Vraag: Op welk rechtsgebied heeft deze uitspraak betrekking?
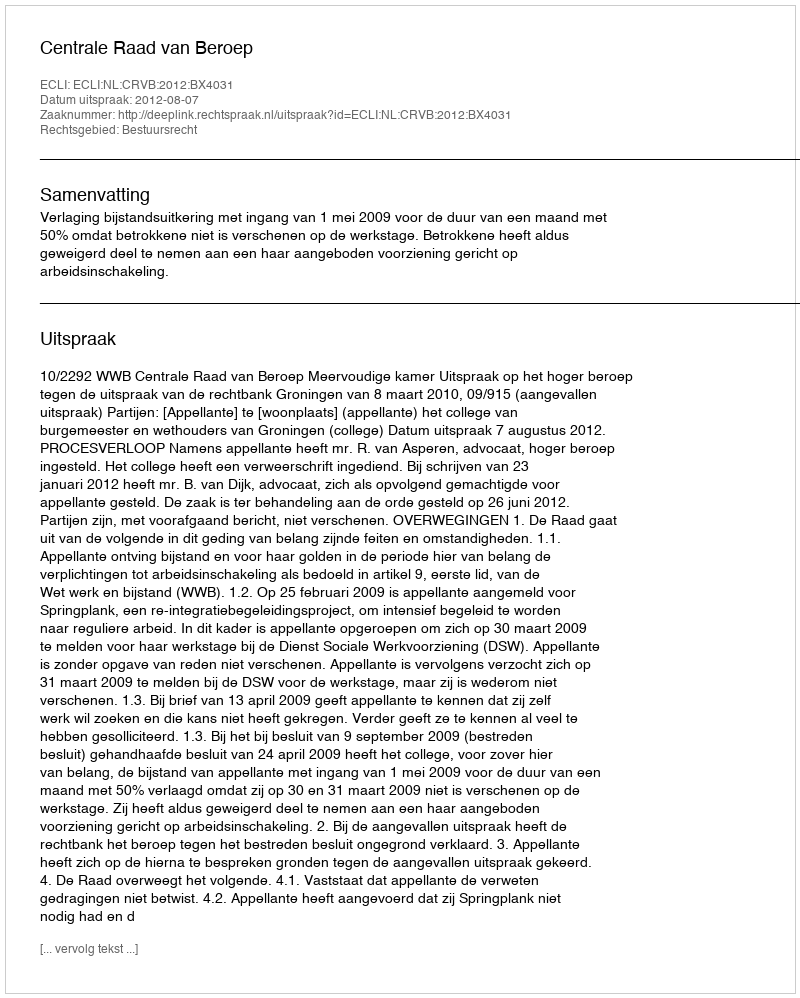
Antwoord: Bestuursrecht